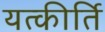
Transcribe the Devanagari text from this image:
यत्कीर्ति